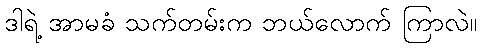
ဒါရဲ့ အာမခံ သက်တမ်းက ဘယ်လောက် ကြာလဲ။